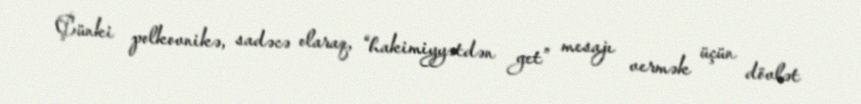
Çünki polkovnikə, sadəcə olaraq, “hakimiyyətdən get” mesajı vermək üçün dövlət